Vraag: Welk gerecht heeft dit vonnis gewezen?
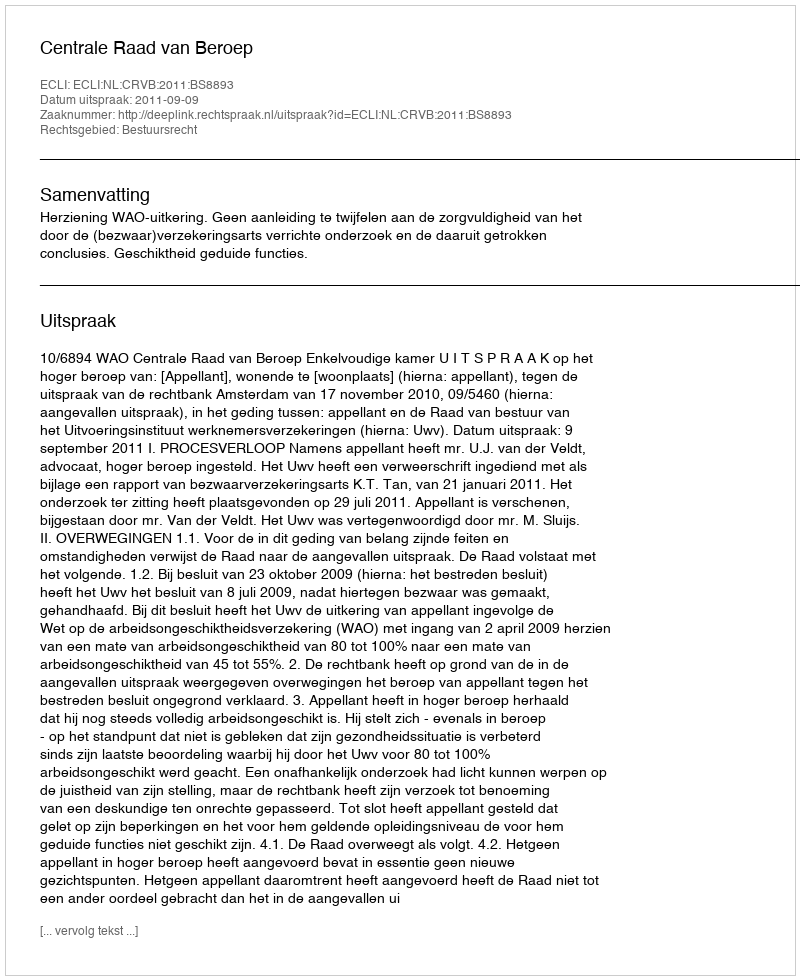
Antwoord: Centrale Raad van Beroep